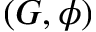
( G , \phi )